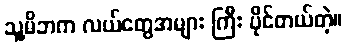
သူ့မိဘက လယ်တွေအများ ကြီး ပိုင်တယ်တဲ့။